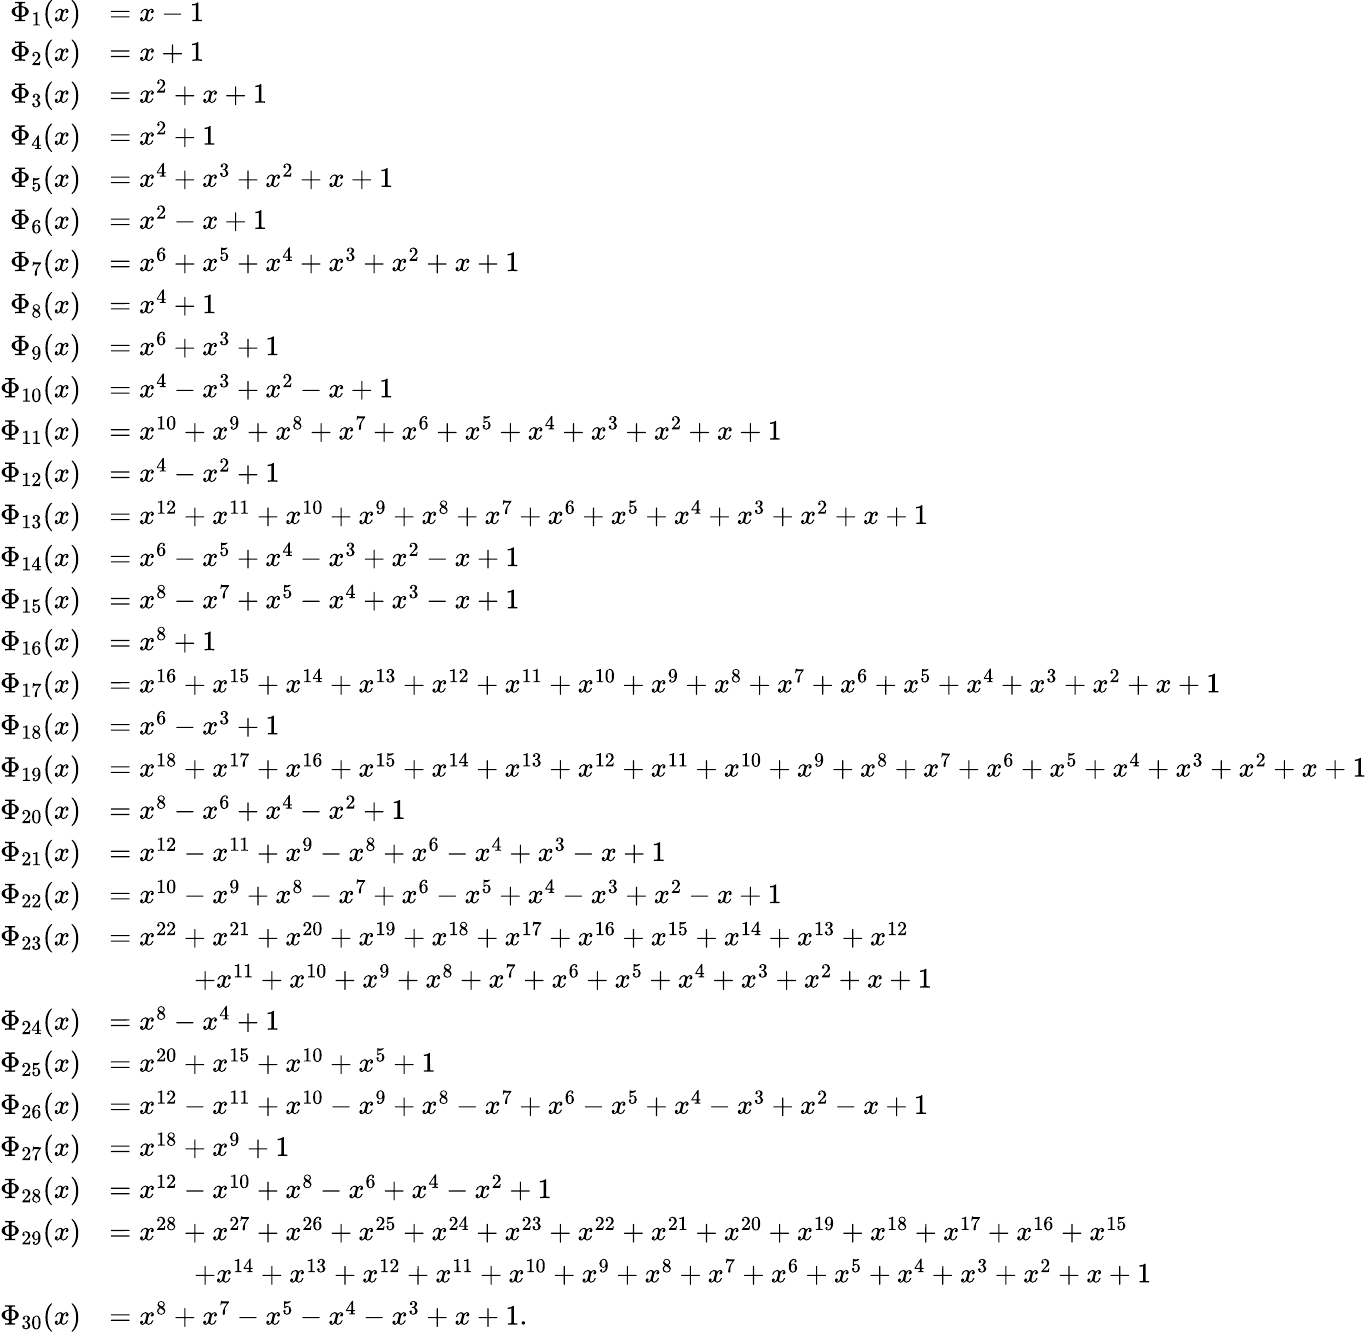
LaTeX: {\begin{array}{rl}{\Phi_{1}(x)}&{=x-1}\\ {\Phi_{2}(x)}&{=x+1}\\ {\Phi_{3}(x)}&{=x^{2}+x+1}\\ {\Phi_{4}(x)}&{=x^{2}+1}\\ {\Phi_{5}(x)}&{=x^{4}+x^{3}+x^{2}+x+1}\\ {\Phi_{6}(x)}&{=x^{2}-x+1}\\ {\Phi_{7}(x)}&{=x^{6}+x^{5}+x^{4}+x^{3}+x^{2}+x+1}\\ {\Phi_{8}(x)}&{=x^{4}+1}\\ {\Phi_{9}(x)}&{=x^{6}+x^{3}+1}\\ {\Phi_{10}(x)}&{=x^{4}-x^{3}+x^{2}-x+1}\\ {\Phi_{11}(x)}&{=x^{10}+x^{9}+x^{8}+x^{7}+x^{6}+x^{5}+x^{4}+x^{3}+x^{2}+x+1}\\ {\Phi_{12}(x)}&{=x^{4}-x^{2}+1}\\ {\Phi_{13}(x)}&{=x^{12}+x^{11}+x^{10}+x^{9}+x^{8}+x^{7}+x^{6}+x^{5}+x^{4}+x^{3}+x^{2}+x+1}\\ {\Phi_{14}(x)}&{=x^{6}-x^{5}+x^{4}-x^{3}+x^{2}-x+1}\\ {\Phi_{15}(x)}&{=x^{8}-x^{7}+x^{5}-x^{4}+x^{3}-x+1}\\ {\Phi_{16}(x)}&{=x^{8}+1}\\ {\Phi_{17}(x)}&{=x^{16}+x^{15}+x^{14}+x^{13}+x^{12}+x^{11}+x^{10}+x^{9}+x^{8}+x^{7}+x^{6}+x^{5}+x^{4}+x^{3}+x^{2}+x+1}\\ {\Phi_{18}(x)}&{=x^{6}-x^{3}+1}\\ {\Phi_{19}(x)}&{=x^{18}+x^{17}+x^{16}+x^{15}+x^{14}+x^{13}+x^{12}+x^{11}+x^{10}+x^{9}+x^{8}+x^{7}+x^{6}+x^{5}+x^{4}+x^{3}+x^{2}+x+1}\\ {\Phi_{20}(x)}&{=x^{8}-x^{6}+x^{4}-x^{2}+1}\\ {\Phi_{21}(x)}&{=x^{12}-x^{11}+x^{9}-x^{8}+x^{6}-x^{4}+x^{3}-x+1}\\ {\Phi_{22}(x)}&{=x^{10}-x^{9}+x^{8}-x^{7}+x^{6}-x^{5}+x^{4}-x^{3}+x^{2}-x+1}\\ {\Phi_{23}(x)}&{=x^{22}+x^{21}+x^{20}+x^{19}+x^{18}+x^{17}+x^{16}+x^{15}+x^{14}+x^{13}+x^{12}}\\ &{\qquad\quad+x^{11}+x^{10}+x^{9}+x^{8}+x^{7}+x^{6}+x^{5}+x^{4}+x^{3}+x^{2}+x+1}\\ {\Phi_{24}(x)}&{=x^{8}-x^{4}+1}\\ {\Phi_{25}(x)}&{=x^{20}+x^{15}+x^{10}+x^{5}+1}\\ {\Phi_{26}(x)}&{=x^{12}-x^{11}+x^{10}-x^{9}+x^{8}-x^{7}+x^{6}-x^{5}+x^{4}-x^{3}+x^{2}-x+1}\\ {\Phi_{27}(x)}&{=x^{18}+x^{9}+1}\\ {\Phi_{28}(x)}&{=x^{12}-x^{10}+x^{8}-x^{6}+x^{4}-x^{2}+1}\\ {\Phi_{29}(x)}&{=x^{28}+x^{27}+x^{26}+x^{25}+x^{24}+x^{23}+x^{22}+x^{21}+x^{20}+x^{19}+x^{18}+x^{17}+x^{16}+x^{15}}\\ &{\qquad\quad+x^{14}+x^{13}+x^{12}+x^{11}+x^{10}+x^{9}+x^{8}+x^{7}+x^{6}+x^{5}+x^{4}+x^{3}+x^{2}+x+1}\\ {\Phi_{30}(x)}&{=x^{8}+x^{7}-x^{5}-x^{4}-x^{3}+x+1.}\end{array}}